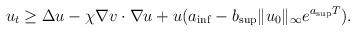
LaTeX: \begin{align*}u_t&\geq \Delta u -\chi\nabla v\cdot\nabla u +u(a_{\inf}-b_{\sup}\|u_0\|_{\infty}e^{a_{\sup}T}).\end{align*}